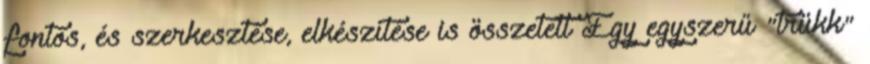
fontos, és szerkesztése, elkészítése is összetett Egy egyszerű "trükk"